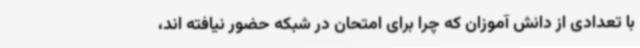
با تعدادی از دانش آموزان که چرا برای امتحان در شبکه حضور نیافته اند،